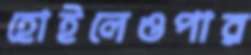
হোইলেওপার